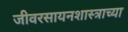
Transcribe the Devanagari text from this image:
जीवरसायनशास्त्राच्या